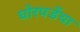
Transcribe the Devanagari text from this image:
घोरपडेंचा